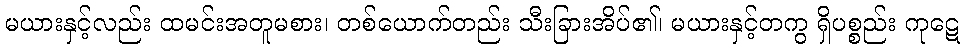
မယားနှင့်လည်း ထမင်းအတူမစား၊ တစ်ယောက်တည်း သီးခြားအိပ်၏၊ မယားနှင့်တကွ ရှိပစ္စည်း ကုဋေ